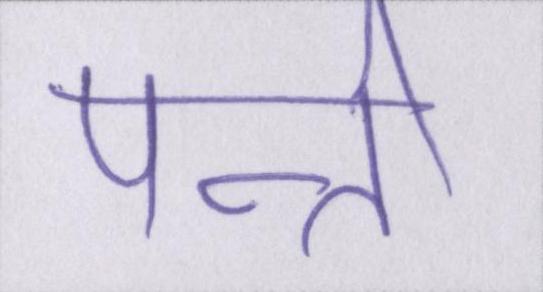
पत्नी